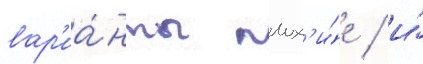
вар'иа́нты плох'и́е / и́